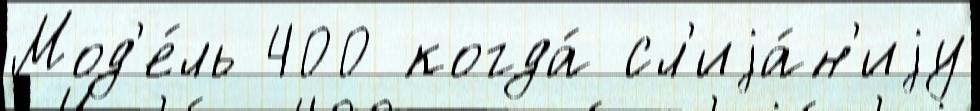
Мод'е́ль 400 когда́ сл'иjа́н'иjу